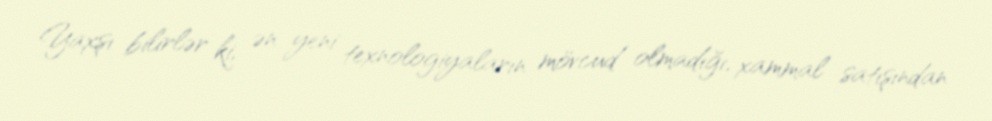
Yaxşı bilirlər ki, ən yeni texnologiyaların mövcud olmadığı, xammal satışından